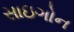
સાઇગોન